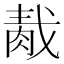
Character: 𦛹